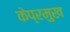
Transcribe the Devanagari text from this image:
केप्रमुख